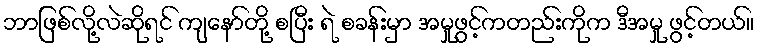
ဘာဖြစ်လို့လဲဆိုရင် ကျနော်တို့ စပြီး ရဲ စခန်းမှာ အမှုဖွင့်ကတည်းကိုက ဒီအမှု ဖွင့်တယ်။